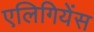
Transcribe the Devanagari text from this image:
एलिगियेंस